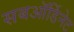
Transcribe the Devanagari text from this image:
सबऑर्डिनेट